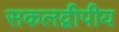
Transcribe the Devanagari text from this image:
सकलद्वीपीय